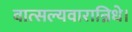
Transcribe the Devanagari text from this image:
वात्सल्यवारान्निधे।